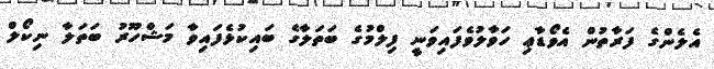
އެލެންގެ ފަރާތުން އެވޯޑާޢި ހަވާލުވެފައިވަނީ ފިލްމުގެ ބަތަލާގެ ބައިކުޅެފައިވާ މަޝްހޫރު ބަތަލާ ނިކޯލް